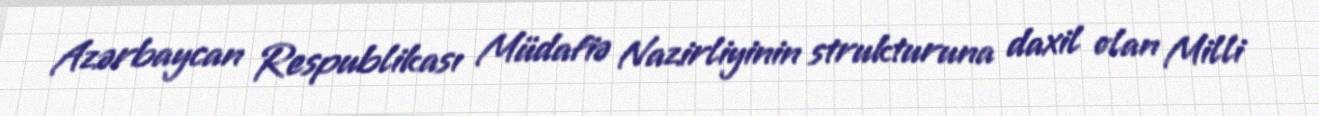
Azərbaycan Respublikası Müdafiə Nazirliyinin strukturuna daxil olan Milli